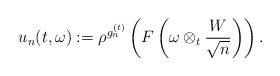
LaTeX: \begin{align*}u_n(t,\omega) &:= \rho^{g^{(t)}_n}\left(F\left(\omega \otimes_t \frac{W}{\sqrt{n}}\right)\right).\end{align*}